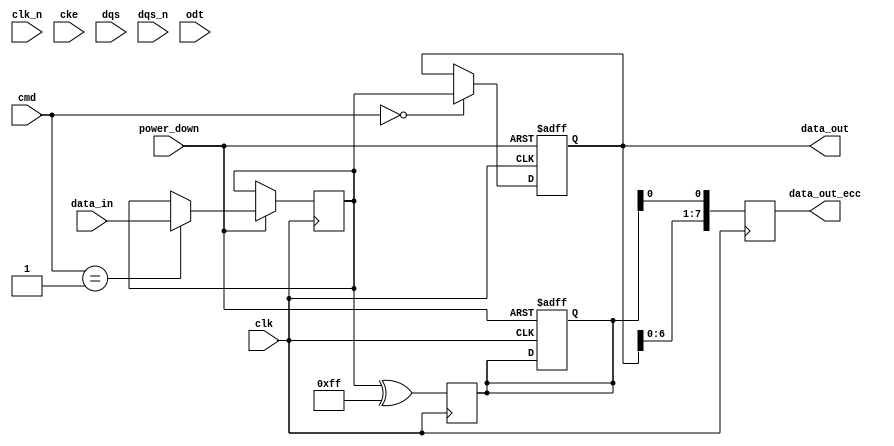
module ddr2_io_block (
    input wire clk,               // System clock
    input wire clk_n,             // Inverted clock
    input wire cke,               // Clock enable
    input wire [3:0] dqs,         // Data Strobe signals for 4-bit data
    input wire [3:0] dqs_n,       // Inverted Data Strobe signals
    input wire [7:0] data_in,     // Input data (8 bits)
    output reg [7:0] data_out,    // Output data (8 bits)
    input wire [2:0] cmd,         // Command signals (READ, WRITE, etc.)
    input wire odt,               // On-die termination control
    input wire power_down,        // Power down control
    output reg [7:0] data_out_ecc // Output data with ECC (optional)
);

// Internal signals
reg [7:0] data_buffer;
reg [7:0] ecc_buffer;

// State machine for command processing
always @(posedge clk or negedge power_down) begin
    if (!power_down) begin
        // Power down state
        data_out <= 8'b0;
        ecc_buffer <= 8'b0;
    end else begin
        case (cmd)
            3'b000: begin // READ command
                data_out <= data_buffer; // Output data
                // ECC calculation can be added here
            end
            3'b001: begin // WRITE command
                data_buffer <= data_in; // Store incoming data
                // ECC calculation can be added here
            end
            3'b010: begin // PRECHARGE command
                // Handle precharge logic
            end
            3'b011: begin // ACTIVATE command
                // Handle activate logic
            end
            default: begin
                // Handle other commands
            end
        endcase
    end
end

// Differential signaling and termination logic
always @(posedge clk) begin
    if (odt) begin
        // Implement on-die termination logic
    end
end

// ECC support (optional)
always @(posedge clk) begin
    // Simple ECC logic can be implemented here
    // For example, parity bit generation
    ecc_buffer <= data_buffer ^ 8'hFF; // Example ECC calculation
    data_out_ecc <= {data_out, ecc_buffer[0]}; // Append ECC to data output
end

endmodule